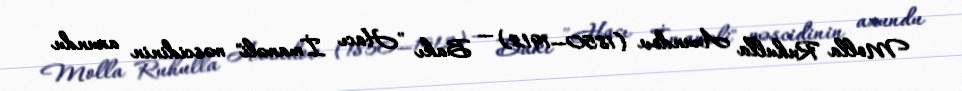
Molla Ruhulla Axundov (1850—1912) — Bakı "Hacı İmaməli" məscidinin axundu